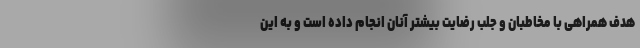
هدف همراهی با مخاطبان و جلب رضایت بیشتر آنان انجام داده است و به این